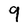
Character: 9